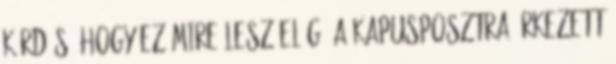
kérdés, hogy ez mire lesz elég. A kapusposztra érkezett